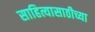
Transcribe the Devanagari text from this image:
साहित्यासाठीच्या